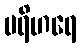
ပရိဟရေ